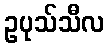
ဥပုသ်သီလ